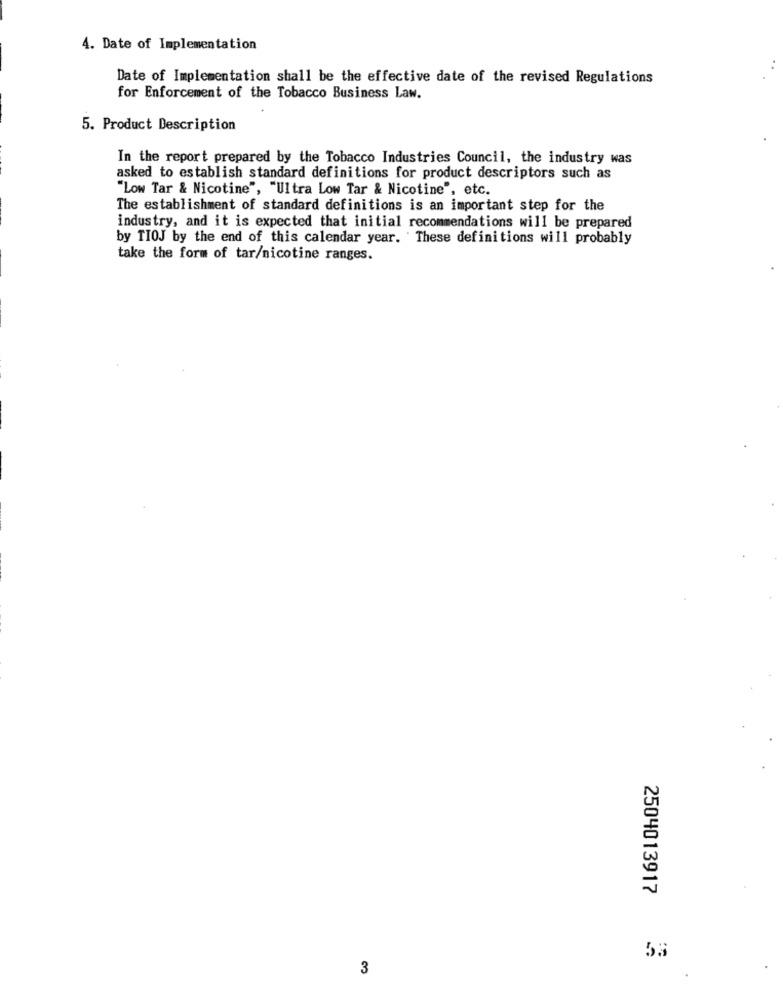
4. Date of Implementation
Date of Implementation shall be the effective date of the revised Regulations
for Enforcement of the Tobacco Business Law.
5. Product Description
In the report prepared by the Tobacco Industries Council, the industry was
asked to establish standard definitions for product descriptors such as
"Low Tar & Nicotine", "Ultra Low Tar & Nicotine", etc.
The establishment of standard definitions is an important step for the
industry, and it is expected that initial recommendations will be prepared
by TIOJ by the end of this calendar year. These definitions will probably
take the form of tar/nicotine ranges.
2504013917
53
3